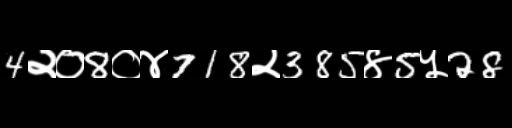
Text: 4२०8०४718२385४5५28